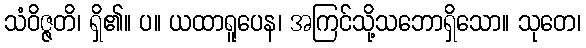
သံဝိဇ္ဇတိ၊ ရှိ၏။ ပ။ ယထာရူပေန၊ အကြင်သို့သဘောရှိသော။ သုတေ၊